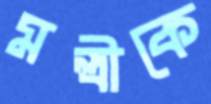
মন্ত্রীকে